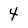
Character: 4